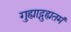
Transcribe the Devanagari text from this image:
गुह्याद्गुह्यतमं